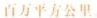
百万平方公里